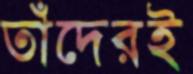
তাঁদেরই